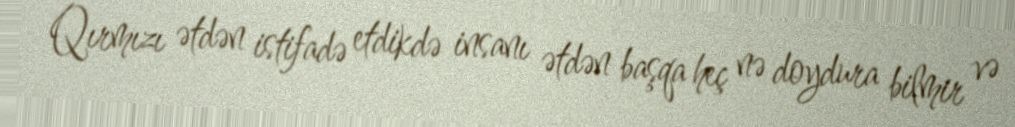
Qırmızı ətdən istifadə etdikdə insanı ətdən başqa heç nə doydura bilmir və